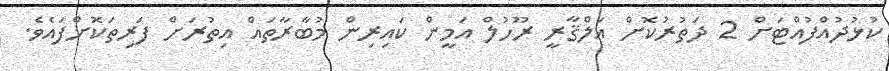
ކުޅުދުއްފުއްޓަށް 2 ދަތުރުކޮށް އަލްޤާރީ ރޫހުލް އަމީން ކައިރިން މުބާރާތައް އިތުރަށް ފަރިތަކޮށްފައެވެ.